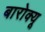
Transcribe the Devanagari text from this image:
बारोक्यू